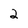
Character: 2